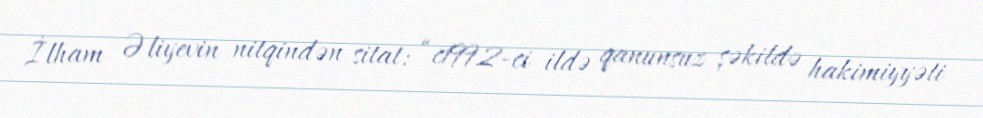
İlham Əliyevin nitqindən sitat: “c1992-ci ildə qanunsuz şəkildə hakimiyyəti